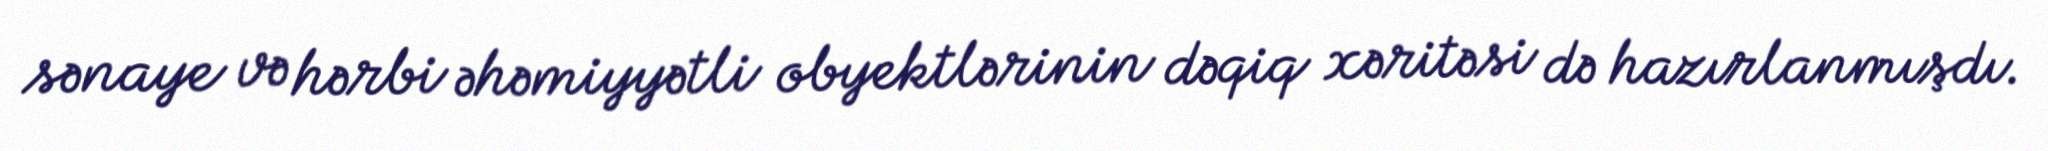
sənaye və hərbi əhəmiyyətli obyektlərinin dəqiq xəritəsi də hazırlanmışdı.